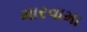
મારવામા